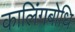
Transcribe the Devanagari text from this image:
कालिंगबोधि